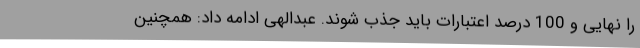
را نهایی و 100 درصد اعتبارات باید جذب شوند. عبدالهی ادامه داد: همچنین